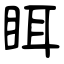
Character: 眲